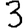
Digit: 3